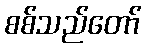
စစ်သည်တော်